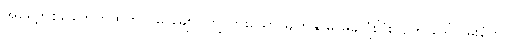
အရှေ့တစ်ခေါက်ကထက် ပိုမို ချောင်ကျသွားသော မျက်နှာမှ မချိပြုံးပြုံးလျက် ဒေါ်ငြိမ်းစံက